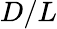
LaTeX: D/L